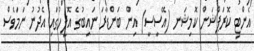
އެންޓި ކޮރަޕްޝަން ކޮމިޝަނ (އޭސީސީ) އިން ބަންޑާރަ ނައިބުގެ އޮފީހުގައި އެދުނު ނަމަވެސް